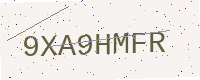
Text: 9XA9HMFR